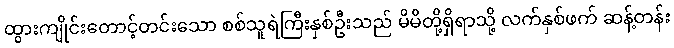
ထွားကျိုင်းတောင့်တင်းသော စစ်သူရဲကြီးနှစ်ဦးသည် မိမိတို့ရှိရာသို့ လက်နှစ်ဖက် ဆန့်တန်း